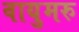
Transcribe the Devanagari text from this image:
वायुमरु